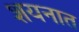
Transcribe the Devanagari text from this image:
शयनात